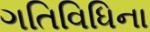
ગતિવિધિના